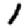
Digit: 1